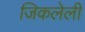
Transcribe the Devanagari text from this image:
जिकलेली